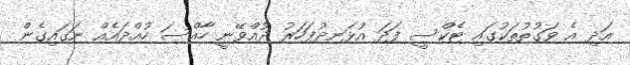
އަދި އެ ވަގުތުތަކުގައި ޓެކްސީ ފަދަ އުޅަނދުފަހަރު ދުއްވޭނީ ހާއްސަ ހުއްދައެއް ނަގައިގެން